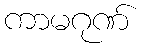
ကာမဂုဏ်